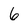
Character: 6